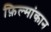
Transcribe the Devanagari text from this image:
फ़िल्मांकान